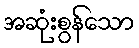
အဆုံးစွန်သော